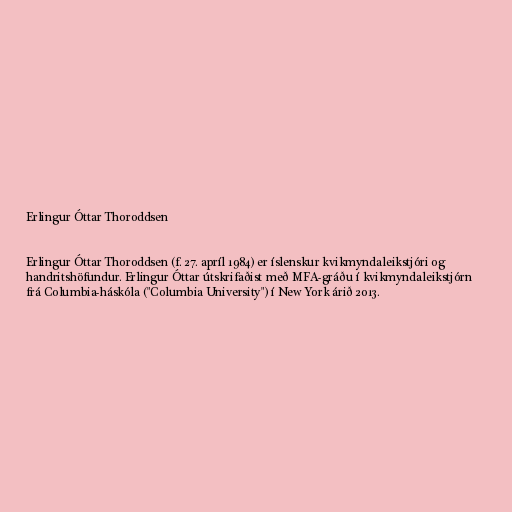
Erlingur Óttar Thoroddsen

Erlingur Óttar Thoroddsen (f. 27. apríl 1984) er íslenskur kvikmyndaleikstjóri og
handritshöfundur. Erlingur Óttar útskrifaðist með MFA-gráðu í kvikmyndaleikstjórn
frá Columbia-háskóla ("Columbia University") í New York árið 2013.